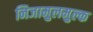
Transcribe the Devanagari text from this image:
निजामुलमुल्क